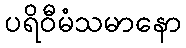
ပရိဝီမံသမာနော